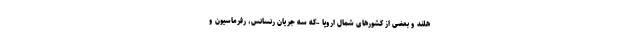
هلند و بعضی از کشورهای شمال اروپا –که سه جریان رنسانس، رفرماسیون و